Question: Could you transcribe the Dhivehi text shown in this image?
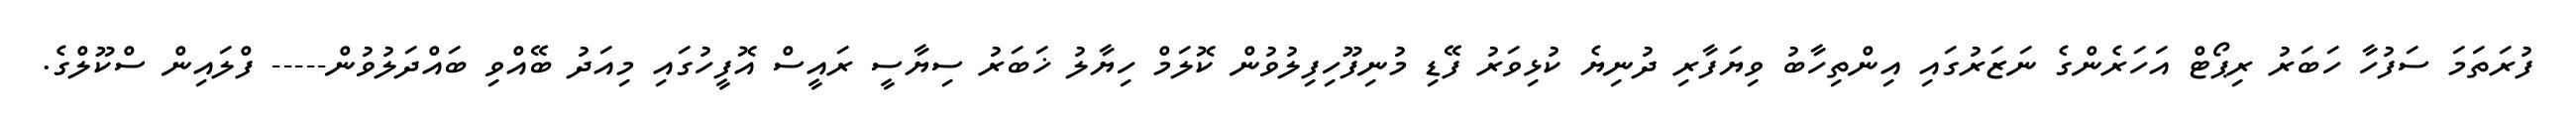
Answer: ފުރަތަމަ ސަފުހާ ހަބަރު ރިޕޯޓް އަހަރެންގެ ނަޒަރުގައި އިންތިހާބު ވިޔަފާރި ދުނިޔެ ކުޅިވަރު ފޭޑި މުނިފޫހިފިލުވުން ކޮލަމް ހިޔާލު ޚަބަރު ސިޔާސީ ރައީސް އޮފީހުގައި މިއަދު ބޭއްވި ބައްދަލުވުން----- ފްލައިން ސްކޫލްގެ.